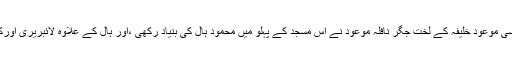
پھر جولائی 1967ء میں اِسی موعود خلیفہ کے لخت جگر نافلہ موعود نے اس مسجد کے پہلو میں محمود ہال کی بنیاد رکھی ،اور ہال کے علاوہ لائبریری اورکشادہ مشن ہائوس تعمیر ہوا۔